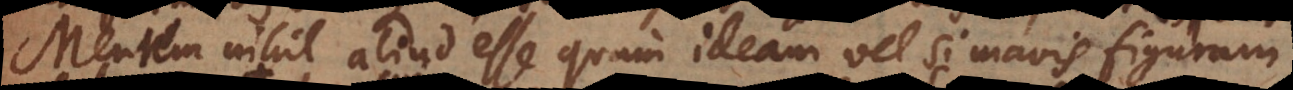
Mentem nihil aliud esse quam ideam vel si mavis figuram